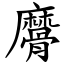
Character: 䯢